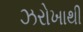
ઝરોખાથી